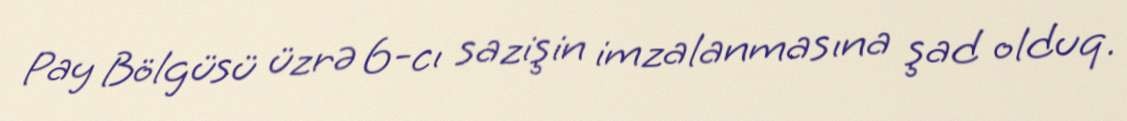
Pay Bölgüsü üzrə 6-cı sazişin imzalanmasına şad olduq.